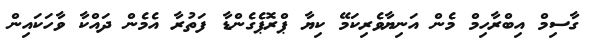
ގާސިމް އިބްރާހިމް މެން އަނިޔާވެރިކަމޭ ކިޔާ ޕްރޮޕެގެންޑާ ފަތުރާ އެމެން ދައްކާ ވާހަކައިން